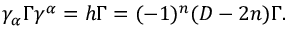
\gamma _ { \alpha } \Gamma \gamma ^ { \alpha } = h \Gamma = ( - 1 ) ^ { n } ( D - 2 n ) \Gamma .